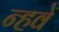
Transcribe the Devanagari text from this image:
न्हवे